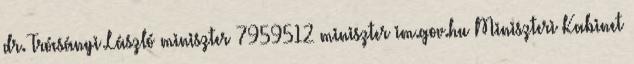
dr. Trócsányi László miniszter 7959512 miniszter im.gov.hu Miniszteri Kabinet